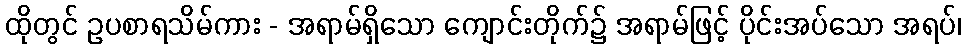
ထိုတွင် ဥပစာရသိမ်ကား - အရာမ်ရှိသော ကျောင်းတိုက်၌ အရာမ်ဖြင့် ပိုင်းအပ်သော အရပ်၊